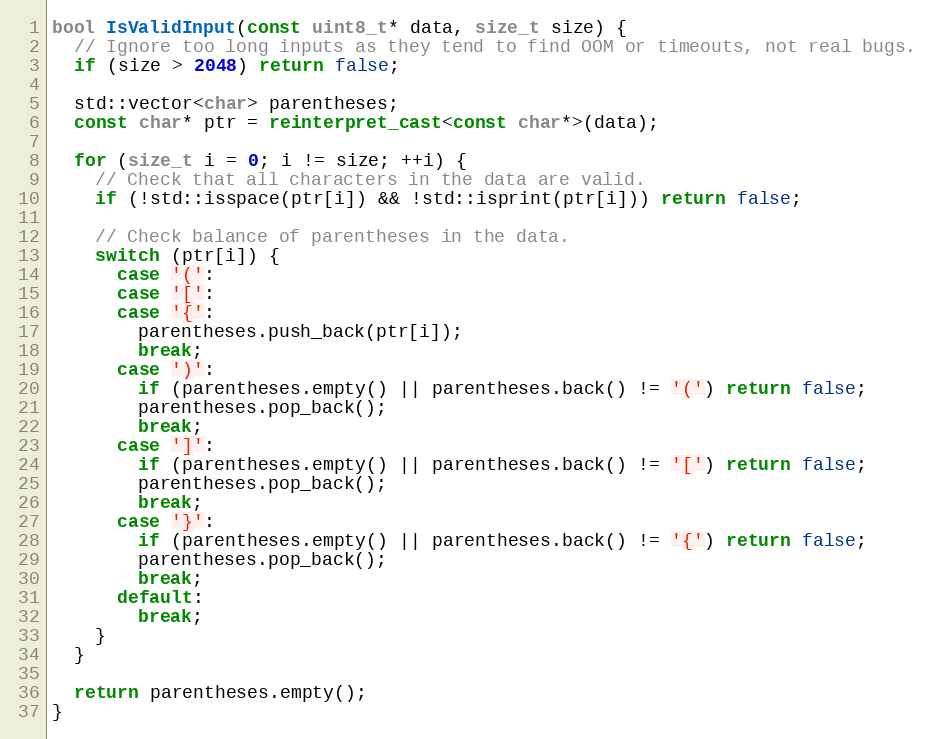
Language: C++
bool IsValidInput(const uint8_t* data, size_t size) {
  // Ignore too long inputs as they tend to find OOM or timeouts, not real bugs.
  if (size > 2048) return false;

  std::vector<char> parentheses;
  const char* ptr = reinterpret_cast<const char*>(data);

  for (size_t i = 0; i != size; ++i) {
    // Check that all characters in the data are valid.
    if (!std::isspace(ptr[i]) && !std::isprint(ptr[i])) return false;

    // Check balance of parentheses in the data.
    switch (ptr[i]) {
      case '(':
      case '[':
      case '{':
        parentheses.push_back(ptr[i]);
        break;
      case ')':
        if (parentheses.empty() || parentheses.back() != '(') return false;
        parentheses.pop_back();
        break;
      case ']':
        if (parentheses.empty() || parentheses.back() != '[') return false;
        parentheses.pop_back();
        break;
      case '}':
        if (parentheses.empty() || parentheses.back() != '{') return false;
        parentheses.pop_back();
        break;
      default:
        break;
    }
  }

  return parentheses.empty();
}